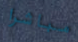
مباشرا